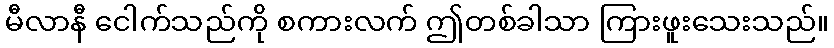
မီလာနီ ငေါက်သည်ကို စကားလက် ဤတစ်ခါသာ ကြားဖူးသေးသည်။